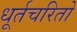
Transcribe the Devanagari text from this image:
धूर्तचरितो